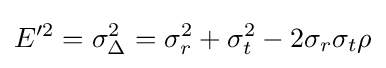
E^{\prime 2}=\sigma _{\Delta }^{2}=\sigma _{r}^{2}+\sigma _{t}^{2}-2\sigma _{r}\sigma _{t}\rho